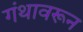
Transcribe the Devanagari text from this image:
गंथावरून